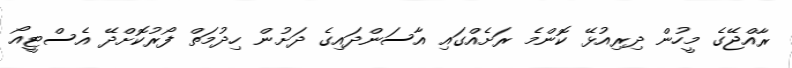
ރާއްޖޭގެ މީހުން ދިރިއުޅޭ ކޮންމެ ރަށެއްގައި އާސަންދައިގެ ދަށުން ހިދުމަތް ފޯރުކޮށްދޭ އެސްޓީއޯ